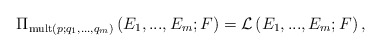
\begin{align*}\Pi _{\mathrm{mult}\left( p;q_{1},...,q_{m}\right) }\left(E_{1},...,E_{m};F\right) =\mathcal{L}\left( E_{1},...,E_{m};F\right) ,\end{align*}